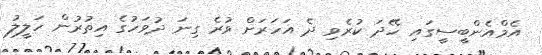
އެމްއެންބީސީގައި ހޭދަ ކުރެވި ދެ އަހަރަށް ވުރެ ގިނަ ދުވަހުގެ އިތުރުން ހަލީލު